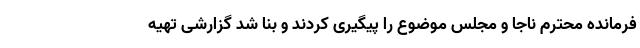
فرمانده محترم ناجا و مجلس موضوع را پیگیری کردند و بنا شد گزارشی تهیه